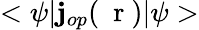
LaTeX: <\psi|{\mathbf j}_{op}(\mathrm{~\mathbf~r~})|\psi>